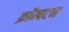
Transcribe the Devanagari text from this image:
क्रॉम्पटन